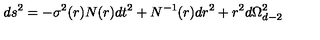
d s ^ { 2 } = - \sigma ^ { 2 } ( r ) N ( r ) d t ^ { 2 } + N ^ { - 1 } ( r ) d r ^ { 2 } + r ^ { 2 } d \Omega _ { d - 2 } ^ { 2 }